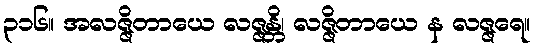
၃၁၆။ အလဇ္ဇိတာယေ လဇ္ဇန္တိ၊ လဇ္ဇိတာယေ န လဇ္ဇရေ။